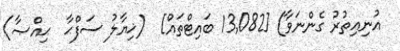
އުނިއިތުރު ގެންނަވާ) [13